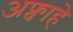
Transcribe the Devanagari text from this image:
अफ्वाहे